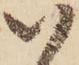
い